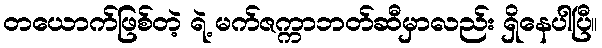
တယောက်ဖြစ်တဲ့ ရဲ့ မက်ဇက္ကာဘတ်ဆီမှာလည်း ရှိနေပါပြီ။